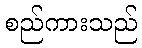
စည်ကားသည်